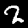
Label: 2